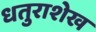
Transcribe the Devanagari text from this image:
धतुराशेख